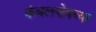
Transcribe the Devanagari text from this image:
कंबलपोषच्या